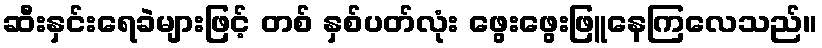
ဆီးနှင်းရေခဲများဖြင့် တစ် နှစ်ပတ်လုံး ဖွေးဖွေးဖြူနေကြလေသည်။